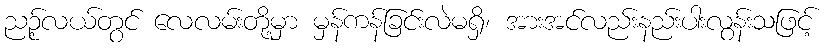
ညဉ့်လယ်တွင် လေလမ်းတို့မှာ မှန်ကန်ခြင်းလဲမရှိ၊ အားအင်လည်းနည်းပါးလွန်းသဖြင့်